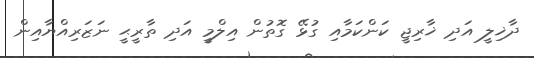
ދާޚިލީ އަދި ޚާރިޖީ ކަންކަމާއި ގުޅޭ ގޮތުން އިލްމީ އަދި ތާރީޙީ ނަޒަރިއްޔާއިން